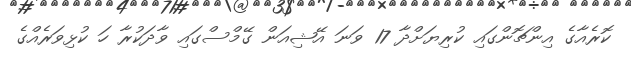
ކޮރެއާގެ އިންޗޮންގައި ކުރިޔަށްދާ 17 ވަނަ އޭޝިއަން ގޭމްސްގައި ވާދަކުރާ ހަ ކުޅިވަރެއްގެ